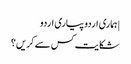
| ہماری اردو پیاری اردو
شکایت کس سے کریں؟